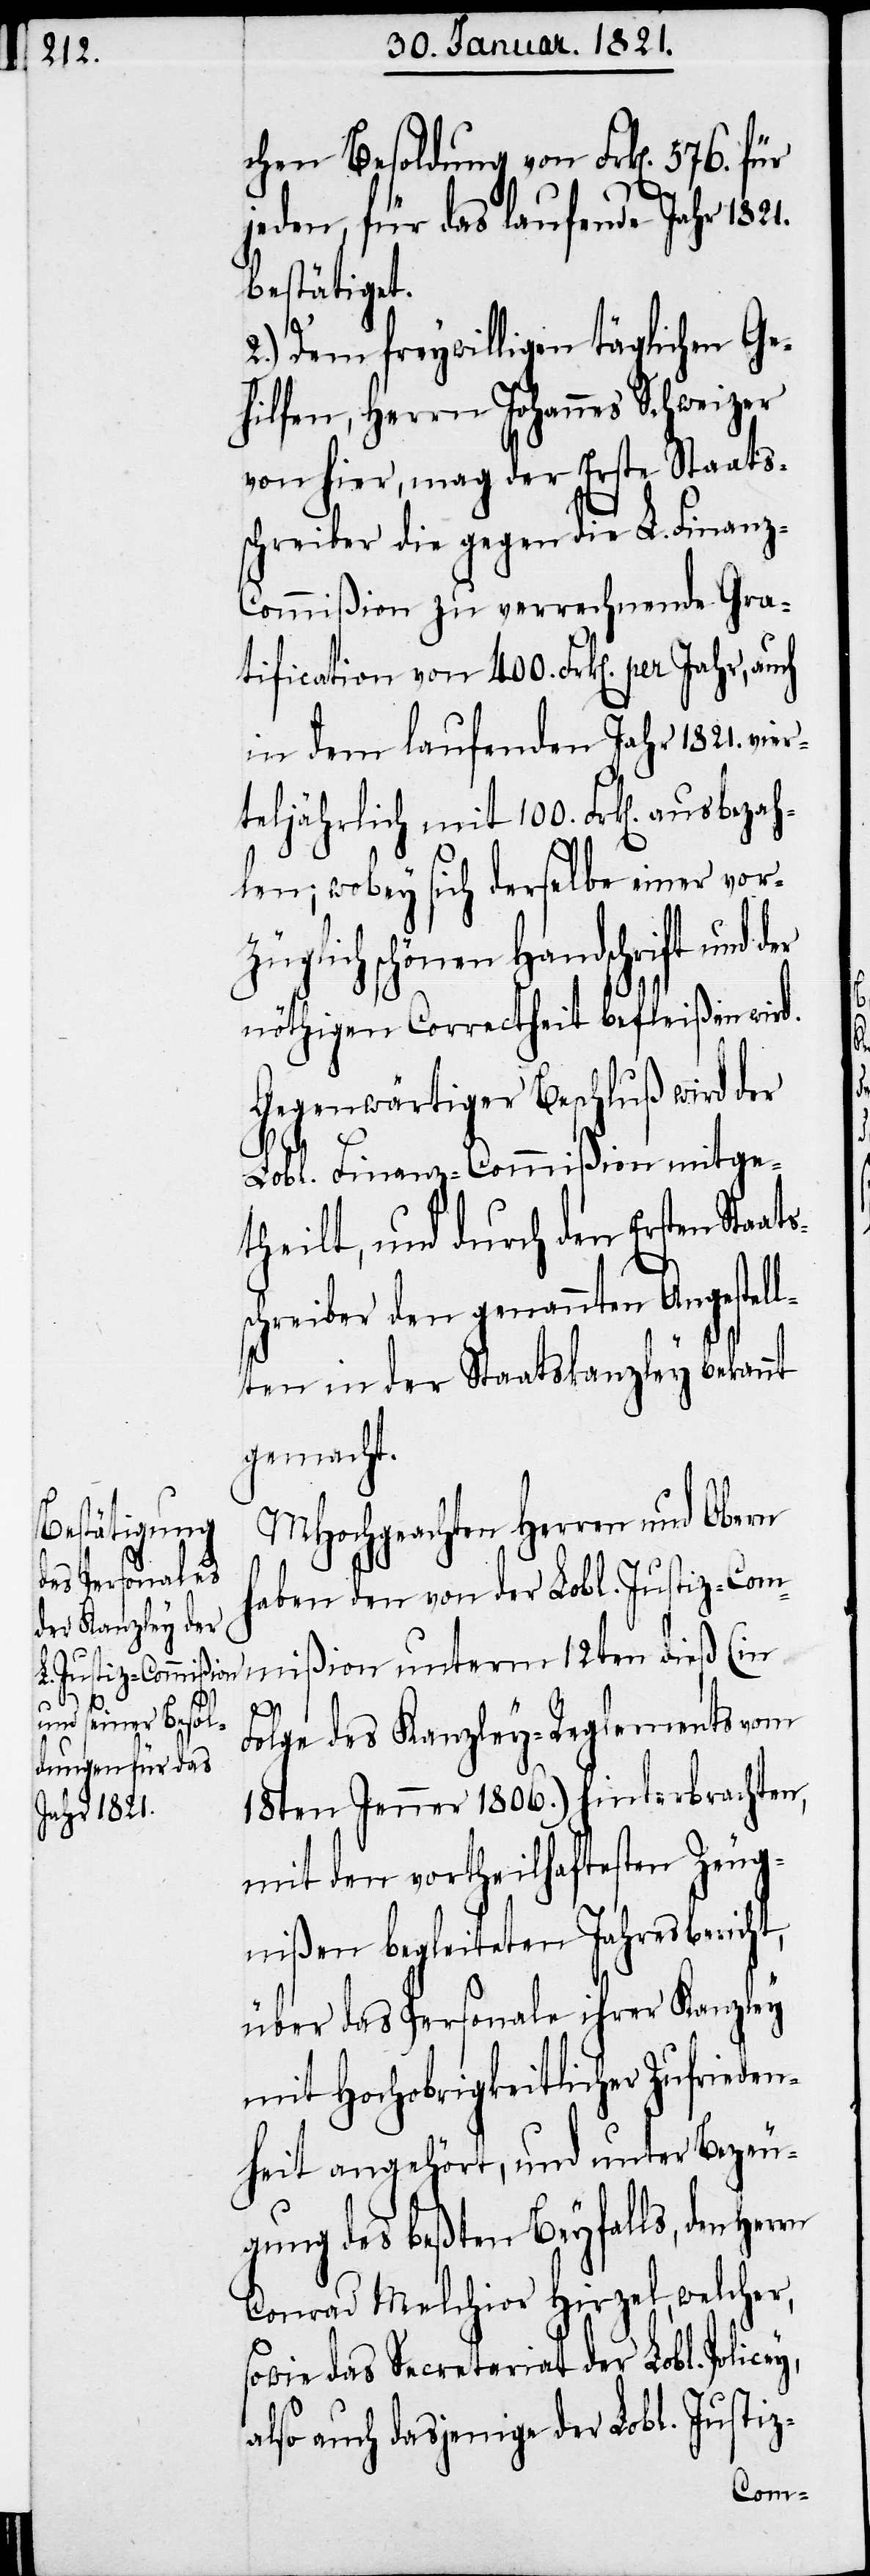
aats¬

chen Besoldung von Frk[en]. 576. für
jeden, für das laufende Jahr 1821.
bestätiget.
2.) Dem freywilligen täglichen Ge¬
hilfen, Herrn Johannes Schweizer
von hier, mag der Erste Staats¬
schreiber die gegen die L. Finanz-C¬
ommißion zu verrechnende Gra¬
tification von 400. Frk[en]. per Jahr, auch
in dem laufenden Jahr 1821. vier¬
teljährlich mit 100. Frk[en]. ausbeza¬
hlen; wobey sich derselbe einer vor¬
züglich schönen Handschrift und
nöthigen Correctheit befleißen wird.
Gegenwärtiger Beschluß wird der
Lobl. Finanz-Commißion mitge¬
theilt, und durch den Ersten St¬
schreiber den genannten Angestel¬
lten in der Staatskanzley bekannt
gemacht.
MHochgeachten Herren und Obern
haben den von der Lobl. Justiz-Com¬
mißion unterm 12ten dieß (in
Folge des Kanzley-Reglements vom
18ten Jenner 1806.) hinterbrachten,
mit den vortheilhaftesten Zeug¬
nißen begleiteten Jahresbericht,
über das Personale ihrer Kanzley
mit Hochobrigkeitlicher Zufrieden¬
heit angehört, und unter Bezeu¬
gung des beßten Beyfalls, den
Conrad Melchior Hirzel, welcher,
sowie das Secretariat der Lobl. Policey,
also auch dasjenige der Lobl. Justiz-